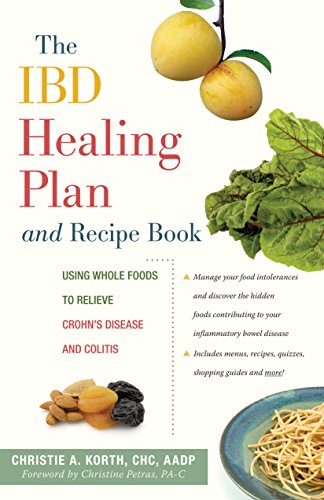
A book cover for The IBD Healing Plan and Recipe Book: Using Whole Foods to Relieve Crohn's Disease and Colitis; Christie A. Korth; Cookbooks, Food & Wine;